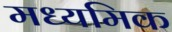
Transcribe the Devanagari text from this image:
मध्यमिक